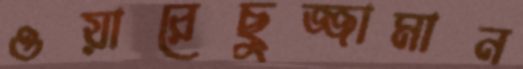
ওয়ারেছুজ্জামান